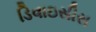
ડિવાઇસીસ